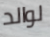
لوالد